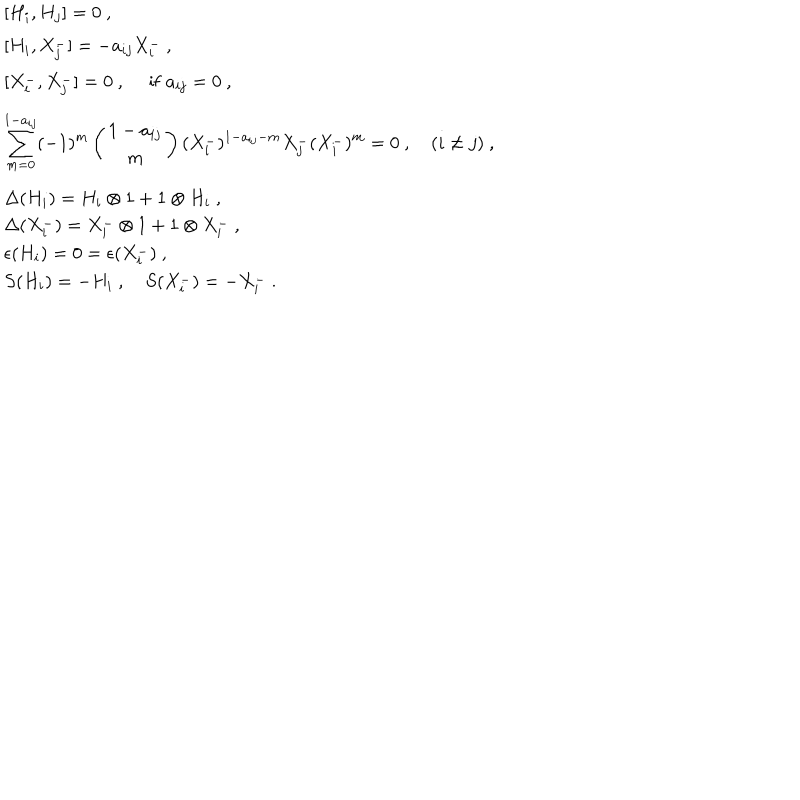
\begin{array} { l } { { [ H _ { i } , H _ { j } ] = 0 ~ , } } \\ { { [ H _ { i } , X _ { j } ^ { - } ] = - a _ { i j } X _ { i } ^ { - } ~ , } } \\ { { [ X _ { i } ^ { - } , X _ { j } ^ { - } ] = 0 ~ , ~ ~ \mathrm { i f } ~ a _ { i j } = 0 ~ , } } \\ { { \displaystyle \sum _ { m = 0 } ^ { 1 - a _ { i j } } ( - 1 ) ^ { m } \left( \begin{array} { c } { { 1 - a _ { i j } } } \\ { { m } } \\ \end{array} \right) ( X _ { i } ^ { - } ) ^ { 1 - a _ { i j } - m } X _ { j } ^ { - } ( X _ { i } ^ { - } ) ^ { m } = 0 ~ , ~ ( i \not = j ) ~ , } } \\ { { \Delta ( H _ { i } ) = H _ { i } \otimes 1 + 1 \otimes H _ { i } ~ , } } \\ { { \Delta ( X _ { i } ^ { - } ) = X _ { i } ^ { - } \otimes 1 + 1 \otimes X _ { i } ^ { - } ~ , } } \\ { { \epsilon ( H _ { i } ) = 0 = \epsilon ( X _ { i } ^ { - } ) ~ , } } \\ { { S ( H _ { i } ) = - H _ { i } ~ , ~ S ( X _ { i } ^ { - } ) = - X _ { i } ^ { - } ~ . } } \\ \end{array}